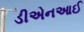
ડીએનઆઈ